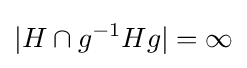
|H\cap g^{-1}Hg|=\infty